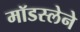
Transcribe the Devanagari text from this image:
मॉडस्लेने